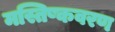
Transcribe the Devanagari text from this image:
मस्तिष्कवरण